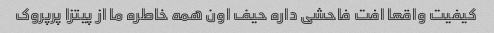
کیفیت واقعا افت فاحشی داره حیف اون همه خاطره ما از پیتزا پرپروک